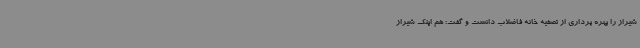
شیراز را بهره برداری از تصفیه خانه فاضلاب دانست و گفت: هم اینک شیراز